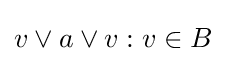
v\vee a\vee v:v\in B